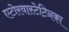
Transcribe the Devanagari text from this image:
एटोरवास्टेटिनका